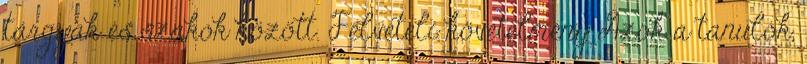
tárgyak és szakok között. Felvételi követelmény Azok a tanulók,